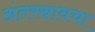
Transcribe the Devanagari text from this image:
अंतरस्रावचा